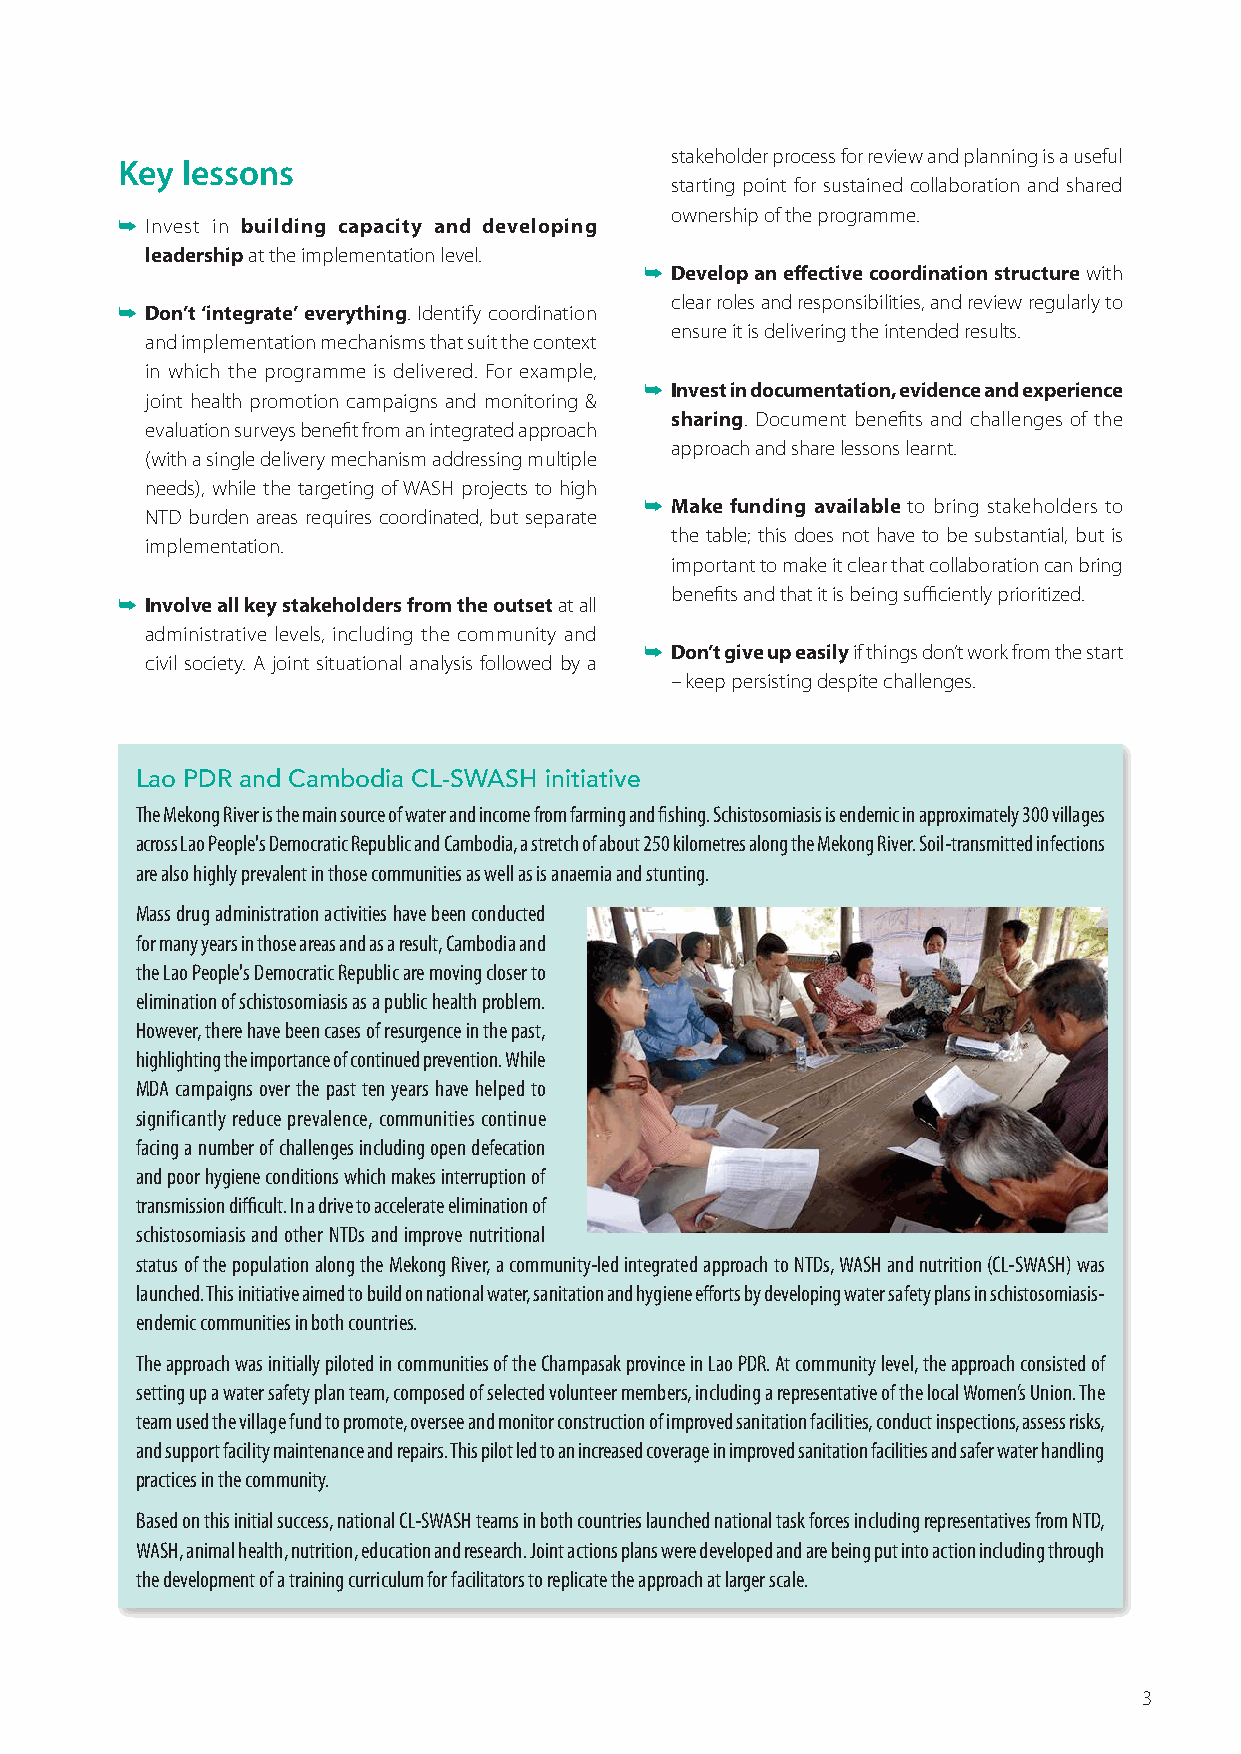
stakeholder process for review and planning is a useful
 Key lessons
 starting point for sustained collaboration and shared
 ownership of the programme.
 ➥ Invest in building capacity and developing
 leadership at the implementation level.
 ➥ Develop an effective coordination structure with
 clear roles and responsibilities, and review regularly to
 ➥ Don’t ‘integrate’ everything. Identify coordination
 ensure it is delivering the intended results.
 and implementation mechanisms that suit the context
 in which the programme is delivered. For example,
 ➥ Invest in documentation, evidence and experience
 joint health promotion campaigns and monitoring &
 sharing. Document benefits and challenges of the
 evaluation surveys benefit from an integrated approach
 approach and share lessons learnt.
 (with a single delivery mechanism addressing multiple
 needs), while the targeting of WASH projects to high
 ➥ Make funding available to bring stakeholders to
 NTD burden areas requires coordinated, but separate
 the table; this does not have to be substantial, but is
 implementation.
 important to make it clear that collaboration can bring
 benefits and that it is being sufficiently prioritized.
 ➥ Involve all key stakeholders from the outset at all
 administrative levels, including the community and
 ➥ Don’t give up easily if things don’t work from the start
 civil society. A joint situational analysis followed by a
 – keep persisting despite challenges.
 Lao PDR and Cambodia CL-SWASH initiative
 The Mekong River is the main source of water and income from farming and fishing. Schistosomiasis is endemic in approximately 300 villages
 across Lao People's Democratic Republic and Cambodia, a stretch of about 250 kilometres along the Mekong River. Soil-transmitted infections
 are also highly prevalent in those communities as well as is anaemia and stunting.
 Mass drug administration activities have been conducted
 for many years in those areas and as a result, Cambodia and
 the Lao People's Democratic Republic are moving closer to
 elimination of schistosomiasis as a public health problem.
 However, there have been cases of resurgence in the past,
 highlighting the importance of continued prevention. While
 MDA campaigns over the past ten years have helped to
 significantly reduce prevalence, communities continue
 facing a number of challenges including open defecation
 and poor hygiene conditions which makes interruption of
 transmission difficult. In a drive to accelerate elimination of
 schistosomiasis and other NTDs and improve nutritional
 status of the population along the Mekong River, a community-led integrated approach to NTDs, WASH and nutrition (CL-SWASH) was
 launched. This initiative aimed to build on national water, sanitation and hygiene efforts by developing water safety plans in schistosomiasis-
 endemic communities in both countries.
 The approach was initially piloted in communities of the Champasak province in Lao PDR. At community level, the approach consisted of
 setting up a water safety plan team, composed of selected volunteer members, including a representative of the local Women’s Union. The
 team used the village fund to promote, oversee and monitor construction of improved sanitation facilities, conduct inspections, assess risks,
 and support facility maintenance and repairs. This pilot led to an increased coverage in improved sanitation facilities and safer water handling
 practices in the community.
 Based on this initial success, national CL-SWASH teams in both countries launched national task forces including representatives from NTD,
 WASH, animal health, nutrition, education and research. Joint actions plans were developed and are being put into action including through
 the development of a training curriculum for facilitators to replicate the approach at larger scale.
 3